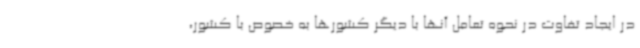
در ایجاد تفاوت در نحوه تعامل آنها با دیگر کشورها به خصوص با کشور،